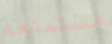
مستمتعة